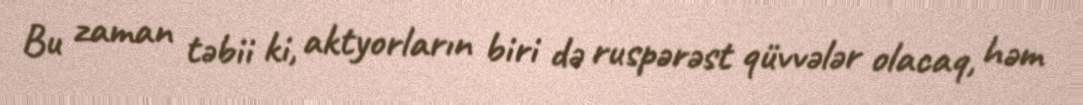
Bu zaman təbii ki, aktyorların biri də ruspərəst qüvvələr olacaq, həm